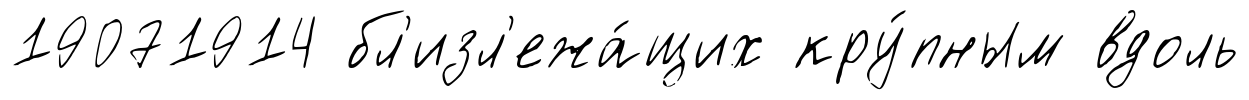
19071914 бл'изл'ежа́щих кру́пным вдоль